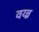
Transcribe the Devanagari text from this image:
वय्न्न